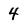
Character: 4